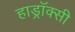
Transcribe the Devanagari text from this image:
हाड्रॉक्सी